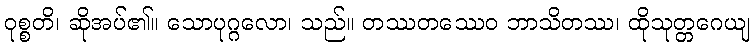
ဝုစ္စတိ၊ ဆိုအပ်၏။ သောပုဂ္ဂလော၊ သည်။ တဿတဿေဝ ဘာသိတဿ၊ ထိုသုတ္တဂေယျ